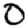
Digit: 0